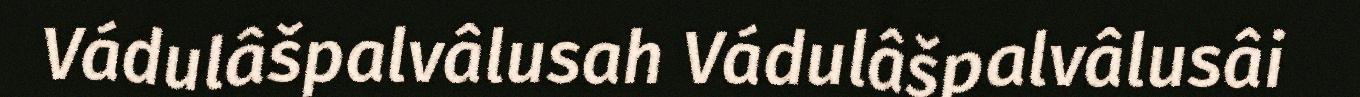
Vádulâšpalvâlusah Vádulâšpalvâlusâi